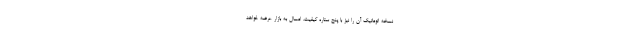
نسخه اتوماتیک آن را نیز با پنج ستاره کیفیت، امسال به بازار عرضه خواهد